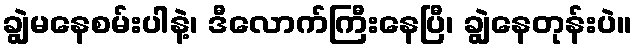
ချွဲမနေစမ်းပါနဲ့၊ ဒီလောက်ကြီးနေပြီ၊ ချွဲနေတုန်းပဲ။